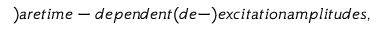
) a r e t i m e - d e p e n d e n t ( d e - ) e x c i t a t i o n a m p l i t u d e s ,